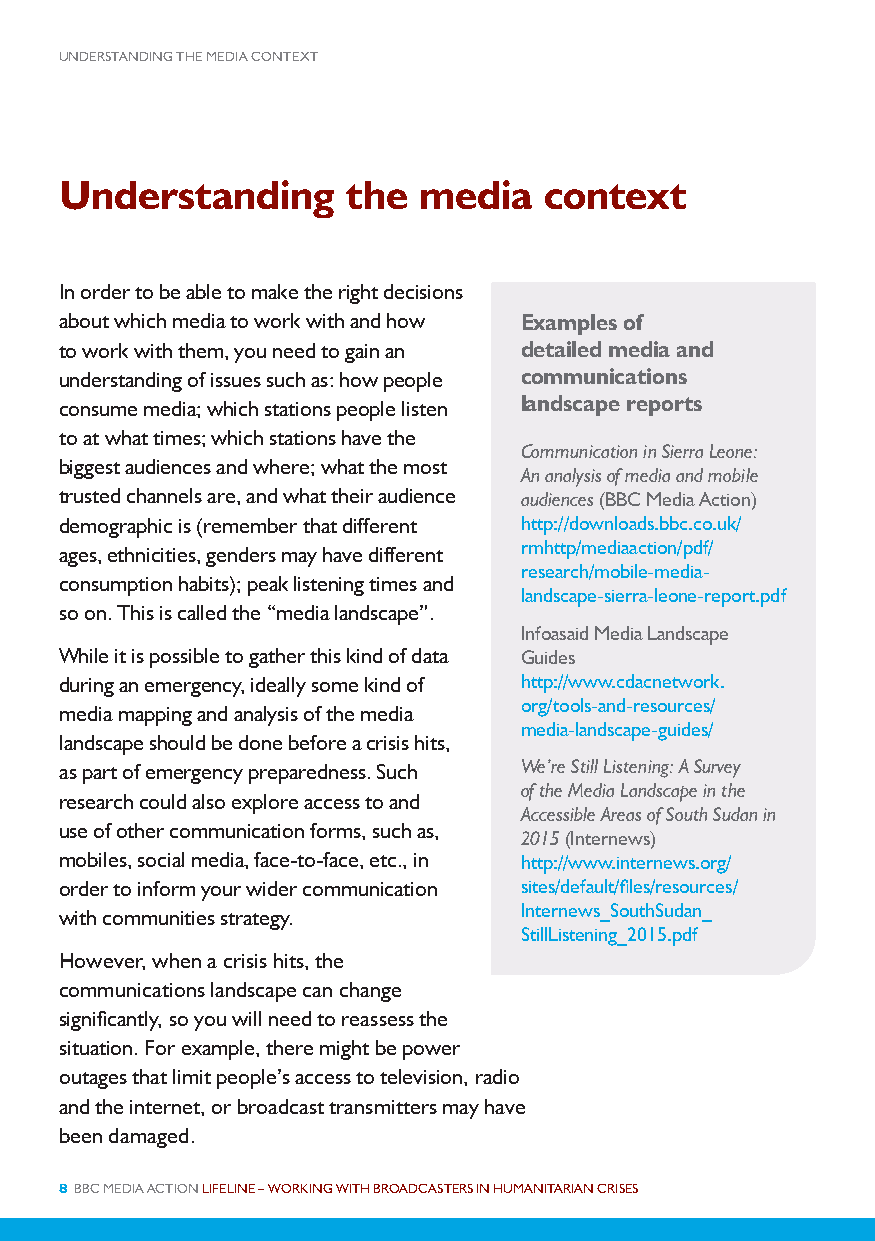
UNDERSTANDING THE MEDIA CONTEXT
 Understanding      the  media   context
 In order to be able to make the right decisions
 about which media to work with and how Examples of
 to work with them, you need to gain an detailed media and
 understanding of issues such as: how people communications
 consume media; which stations people listen landscape reports
 to at what times; which stations have the
 Communication in Sierra Leone:
 biggest audiences and where; what the most
 An analysis of media and mobile
 trusted channels are, and what their audience audiences (BBC Media Action)
 demographic is (remember that different http://downloads.bbc.co.uk/
 ages, ethnicities, genders may have different rmhttp/mediaaction/pdf/
 research/mobile-media-
 consumption habits); peak listening times and
 landscape-sierra-leone-report.pdf
 so on. This is called the “media landscape”.
 Infoasaid Media Landscape
 While it is possible to gather this kind of data Guides
 during an emergency, ideally some kind of http://www.cdacnetwork.
 org/tools-and-resources/
 media mapping and analysis of the media
 media-landscape-guides/
 landscape should be done before a crisis hits,
 as part of emergency preparedness. Such We’re Still Listening: A Survey
 of the Media Landscape in the
 research could also explore access to and
 Accessible Areas of South Sudan in
 use of other communication forms, such as,
 2015 (Internews)
 mobiles, social media, face-to-face, etc., in http://www.internews.org/
 order to inform your wider communication sites/default/files/resources/
 Internews_SouthSudan_
 with communities strategy.
 StillListening_2015.pdf
 However, when a crisis hits, the
 communications landscape can change
 significantly, so you will need to reassess the
 situation. For example, there might be power
 outages that limit people’s access to television, radio
 and the internet, or broadcast transmitters may have
 been damaged.
 8 BBC MEDIA ACTION LIFELINE – WORKING WITH BROADCASTERS IN HUMANITARIAN CRISES